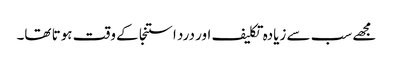
مجھے سب سے زیادہ تکلیف اور درد استنجا کے وقت ہوتا تھا۔